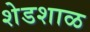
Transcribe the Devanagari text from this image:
शेडशाळ